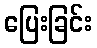
ပြေးခြင်း